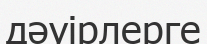
дәуірлерге